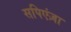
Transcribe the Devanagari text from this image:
सपिएंज़ा